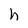
Character: h